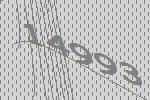
14993